Lunatic asylums United Provinces 1909-1921 - 1909-1921
Year: 1909
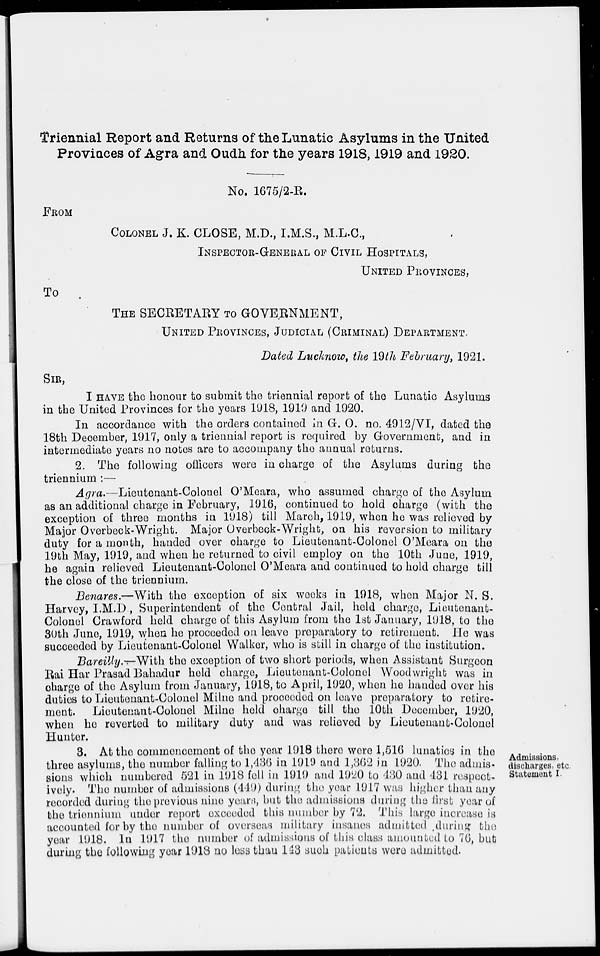
Triennial Report and Returns of the Lunatic Asylums in the United
Provinces of Agra and Oudh for the years 1918, 1919 and 1920.
No. 1675/2-R.
FROM
COLONEL J. K. CLOSE, M.D., I.M.S., M.L.C.,
INSPECTOR-GENERAL OF CIVIL HOSPITALS,
UNITED PROVINCES,
TO
THE SECRETARY TO GOVERNMENT,
UNITED PROVINCES, JUDICIAL (CRIMINAL) DEPARTMENT.
Dated Lucknow, the 19th February, 1921.
SIR,
I HAVE the honour to submit the triennial report of the Lunatic Asylums
in the United Provinces for the years 1918, 1919 and 1920.
In accordance with the orders contained in G. O. no. 4912/VI, dated the
18th December, 1917, only a triennial report is required by Government, and in
intermediate years no notes are to accompany the annual returns.
2. The following officers were in charge of the Asylums during the
triennium :—
Agra.—Lieutenant-Colonel
O'Meara, who assumed charge of the Asylum
as an additional charge in February, 1916, continued to hold charge (with the
exception of three months in 1918) till March, 1919, when he was relieved by
Major Overbeck-Wright. Major Overbeck-Wright, on his reversion to military
duty for a month, handed over charge to Lieutenant-Colonel O'Meara on the
19th May, 1919, and when he returned to civil employ on the 10th June, 1919,
he again relieved Lieutenant-Colonel O'Meara and continued to hold charge till
the close of the triennium.
Benares.—With the exception of six weeks in 1918, when Major N. S.
Harvey, I.M.D, Superintendent of the Central Jail, held charge, Lieutenant-
Colonel Crawford held charge of this Asylum from the 1st January, 1918, to the
30th June, 1919, when he proceeded on leave preparatory to retirement. He was
succeeded by Lieutenant-Colonel Walker, who is still in charge of the institution.
Bareilly.—With. the exception of two short periods, when Assistant Surgeon
Rai Har Prasad Bahadur held charge, Lieutenant-Colonel Woodwright was in
charge of the Asylum from January, 1918, to April, 1920, when he handed over his
duties to Lieutenant-Colonel Milne and proceeded on leave preparatory to retire-
ment. Lieutenant-Colonel Milne held charge till the 10th December, 1920,
when he reverted to military duty and was relieved by Lieutenant-Colonel
Hunter.
Admissions,
discharges, etc.
Statement I.
3. At the commencement of the year 1918 there were 1,516 lunatics in the
three asylums, the number falling to 1,436 in 1919 and 1,362 in 1920. The admis-
sions which numbered 521 in 1918 fell in 1919 and 1920 to 430 and 431 respect-
ively. The number of admissions (449) during the year 1917 was higher than any
recorded during the previous nine years, but the admissions during the first year of
the triennium under report exceeded this number by 72. This large increase is
accounted for by the number of overseas military insanes admitted during the
year 1918. In 1917 the number of admissions of this class amounted to 76, but
during the following year 1918 no less than 143 such patients were admitted.